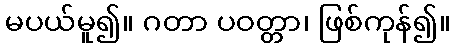
မပယ်မူ၍။ ဂတာ ပဝတ္တာ၊ ဖြစ်ကုန်၍။